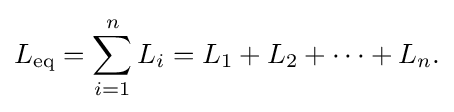
L_{\mathrm {eq} }=\sum _{i=1}^{n}L_{i}=L_{1}+L_{2}+\cdots +L_{n}.\,\!